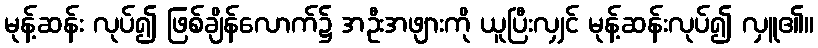
မုန့်ဆန်း လုပ်၍ ဖြစ်ချိန်လောက်၌ အဦးအဖျားကို ယူပြီးလျှင် မုန့်ဆန်းလုပ်၍ လှူ၏။